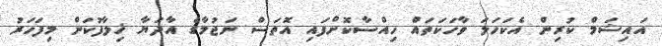
އައިޝަމް ކުރިން އެކަހަލަ ވާހަކަތައް ހިއްސާކޮށްފައި އޮތަސް ނަޖުމާގެ އާދަޔާ ޚިލާފުކަން މިފަހަރު